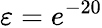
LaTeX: \varepsilon=e^{-20}